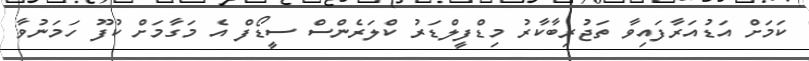
ކަމަށް އަޑުއަރާފައިވާ ތަޖުރިބާކާރު މިޑްފީލްޑަރު ކްލަރެންސް ސީޑޯފް އެ މަގާމަށް ކުފޫ ހަމަނުވާ